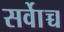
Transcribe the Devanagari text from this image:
सर्वाेच्च